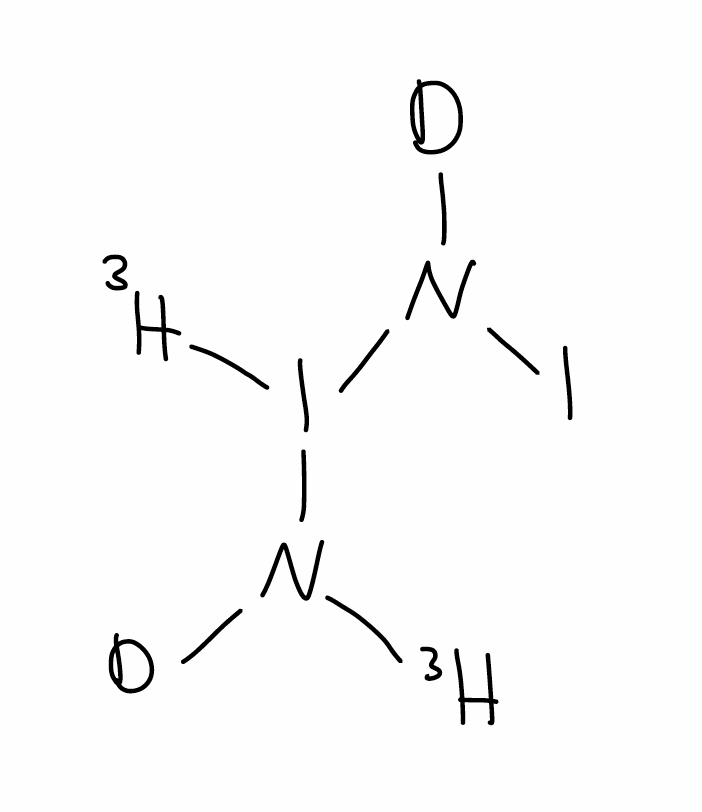
Simplified molecular-input line-entry system (SMILES) notation of the given molecule:
[2H]N([3H])I([3H])N([2H])I